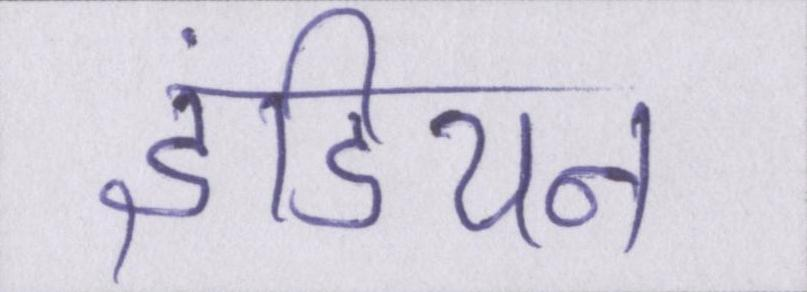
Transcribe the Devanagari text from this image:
इंडियन